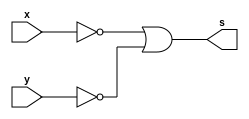
// Guia02 - Capitulo 3
// Nome: Karen Alves Pereira
// Data: 17/02/2011
//-------------------------------------
// -- Tabela verdade da porta NAND 
// -- construida atraves de portas NOR
//-------------------------------------

 module nandnor (s, x, y);    //-- definindo a saida e as entradas
 output s;                    //-- saida
 input x, y;                  //-- entradas
 wire tem1, tem2, tem3;             //-- "declarando variavel para receber valores"
 
 assign tem1 = ~(x | x);           //-- operacao para obter o valor de x negado utilizando porta NOR
 assign tem2 = ~(y | y);           //-- operacao para obter o valor de y negado utilizando porta NOR
 assign tem3 = ~(tem1 | tem2);      // -- operacao para obter o valor de x nor y    
 assign s = ~(tem3 | tem3);           //-- operacao para obter a tabela verdade da porta NAND atraves da porta NOR
  
 endmodule               //-- fim modulo nandnor
 
 //-------------------------------------
// -- Teste nandnor
//-------------------------------------

 module tesnandnor;      //-- criando modulo para teste
 reg x, y;               //-- valores definidos (registradores)
 wire s;                 //-- valor alternado de acordo com a operacao
 
 nandnor NAND1(s, x, y);   //-- nomeando a porta
 
 initial begin
 		$display("Guia 02 - Karen Alves Pereira - 407451");
		$display("Tabela-verdade da porta NAND construida atraves de portas NOR.");
		$display("Teste NANDNOR.");
		$display("\n~(x | y) = s\n");   //--imprimindo na tela
		$monitor("  ~(%b | %b) = %b ", x, y, s);
		x=0; y=0;     //-- fornecendo valores
 #1	x=0; y=1;
 #1	x=1; y=0;
 #1	x=1; y=1;
 end             //-- fim begin
 
 endmodule      //-- fim modulo testnandnor